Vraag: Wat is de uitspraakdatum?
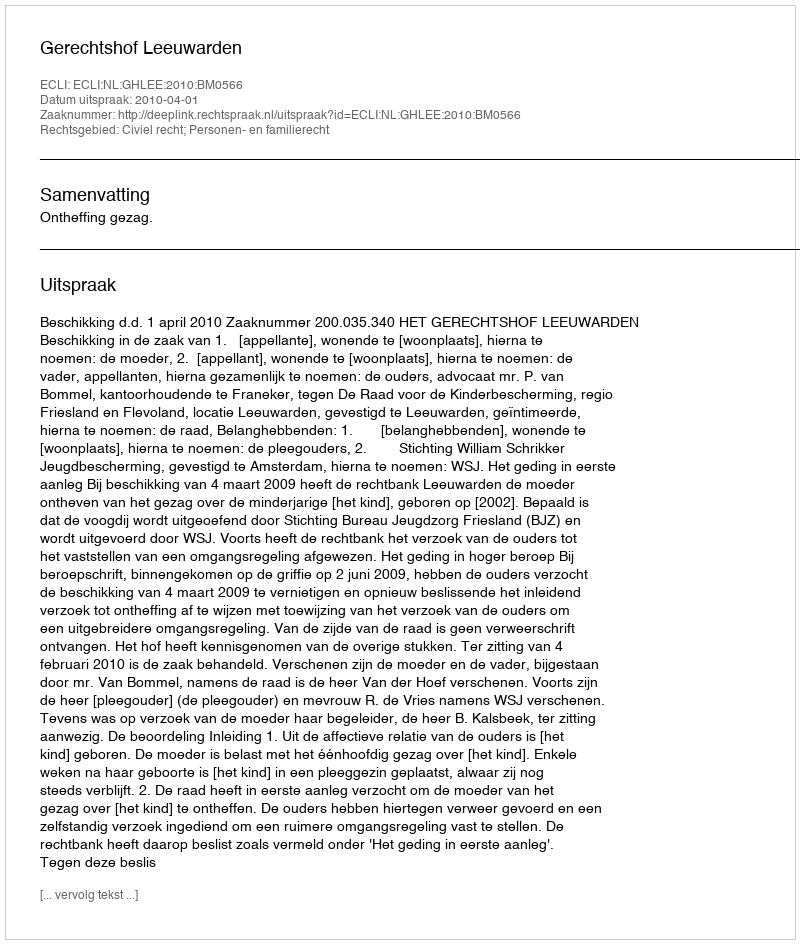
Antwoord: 2010-04-01